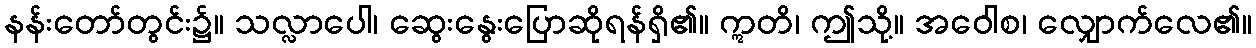
နန်းတော်တွင်း၌။ သလ္လာပေါ၊ ဆွေးနွေးပြောဆိုရန်ရှိ၏။ ဣတိ၊ ဤသို့။ အဝေါစ၊ လျှောက်လေ၏။